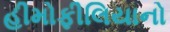
હીમોફીલિયાનો